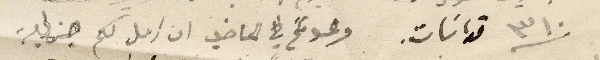
٣١٠ قداسَات. وعدتكم في الماضي ان ارسل لكم جزلية